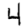
Digit: 4